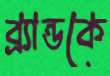
ব্র্যান্ডকে